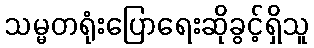
သမ္မတရုံးပြောရေးဆိုခွင့်ရှိသူ